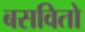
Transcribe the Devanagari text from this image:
बसवितो